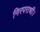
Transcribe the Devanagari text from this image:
निरपराधी।